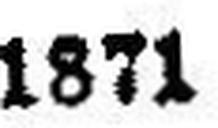
1871